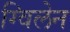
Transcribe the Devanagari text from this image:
ग्विलेन